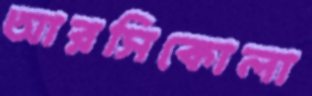
আরসিকোলা